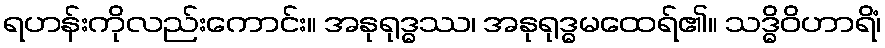
ရဟန်းကိုလည်းကောင်း။ အနုရုဒ္ဓဿ၊ အနုရုဒ္ဓမထေရ်၏။ သဒ္ဓိဝိဟာရိံ၊